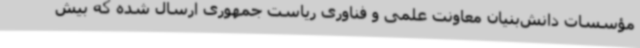
مؤسسات دانش‌بنیان معاونت علمی و فناوری ریاست جمهوری ارسال شده که بیش